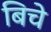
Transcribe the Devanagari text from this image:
बिचे